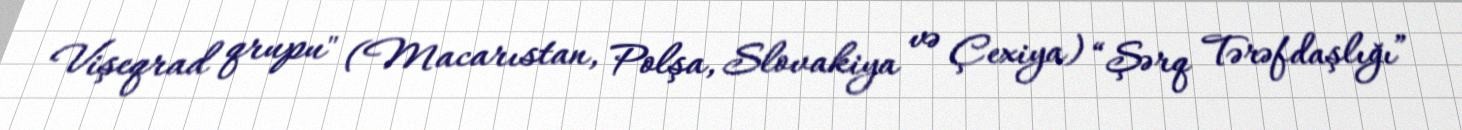
Vişeqrad qrupu" (Macarıstan, Polşa, Slovakiya və Çexiya) “Şərq Tərəfdaşlığı”